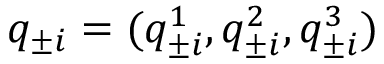
{ q } _ { \pm i } = ( q _ { \pm i } ^ { 1 } , q _ { \pm i } ^ { 2 } , q _ { \pm i } ^ { 3 } )